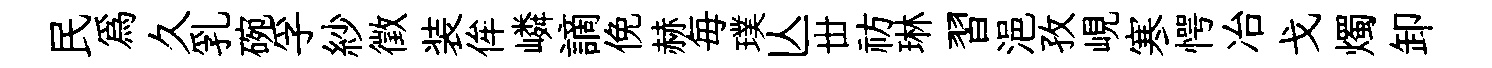
民爲久乳碗孚紗徵装侔嶙謫俛赫毎璞亾丗祊琳習浥孜峴寒愕冶戈燭卸